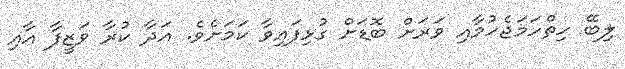
ލިބޭ ހިތްހަމަޖެހުމާއި ވަރަށް ބޮޑަށް ގުޅިފައިވާ ކަމަށެވެ. އަދާ ކުރާ ވަޒީފާ އާއި